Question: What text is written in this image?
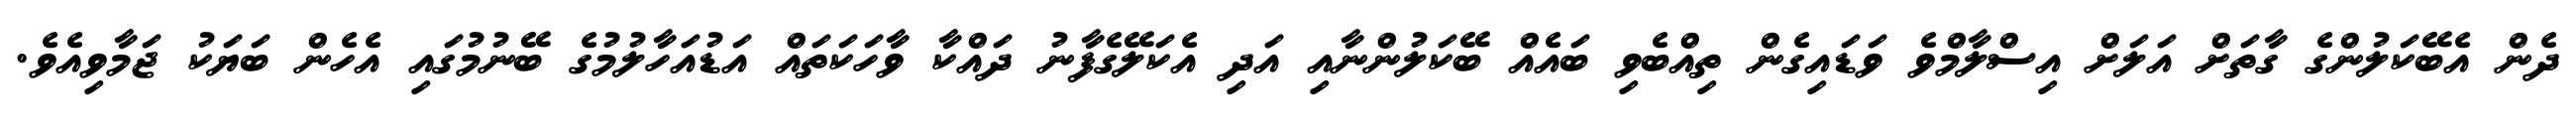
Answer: ދެން އެބޭކަލުންގެ ގާތަށް އަލަށް އިސްލާމްވެ ވަޑައިގެން ތިއްބެވި ބައެއް ބޭކަލުންނާއި އަދި އެކަލޭގެފާނު ދައްކާ ވާހަކަތައް އަޑުއަހާލުމުގެ ބޭނުމުގައި އެހެން ބަޔަކު ޖަމާވިއެވެ.